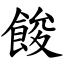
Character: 餕